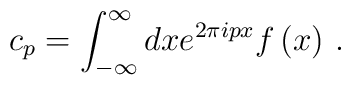
c_p=\int_{-\infty }^\infty dxe^{2\pi ipx}f\left(x\right)\,.